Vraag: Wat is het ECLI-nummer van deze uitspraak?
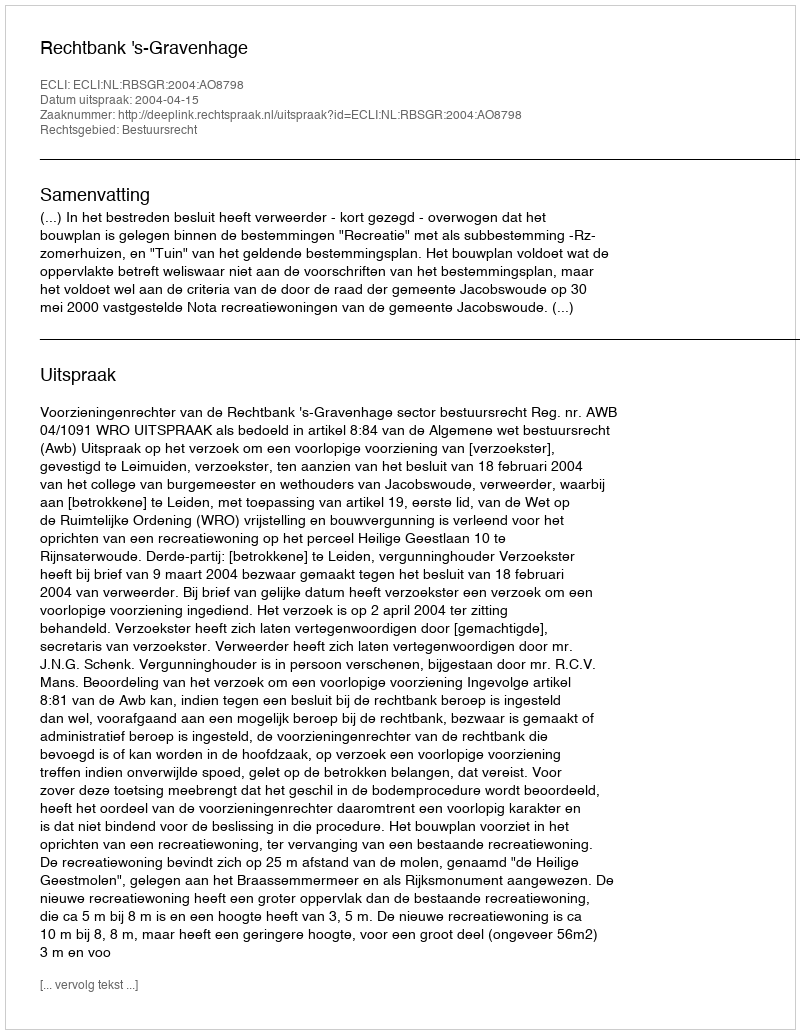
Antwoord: ECLI:NL:RBSGR:2004:AO8798